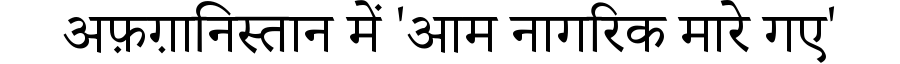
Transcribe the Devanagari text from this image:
अफ़ग़ानिस्तान में 'आम नागरिक मारे गए'